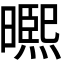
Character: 𭧾